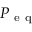
P _ { \mathrm { ~ e ~ q ~ } }